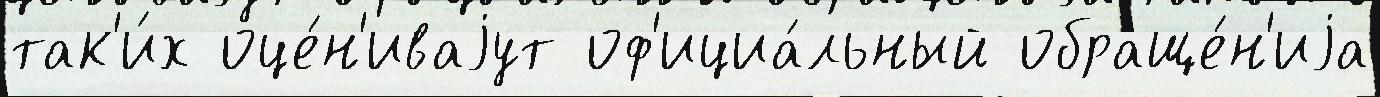
так'и́х оце́н'иваjут оф'ициа́льный обраще́н'иjа